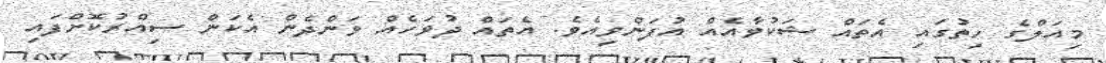
މިއަލްގެ ހިތުގައި އެތައް ޝަކުވާއެއް އުފަންވިއެވެ. އެތައް ދުވަހެއް ވަންދެން އެކަން ސިއްރުކޮށްފައި